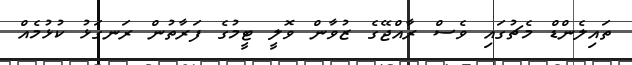
ތައިިލެންޑް މެޗުގައި ވެސް ރާއްޖޭގެ ޒުވާން ވޮލީ ޓީމުގެ ފަރާތުން ރަނގަޅު ކުޅުމެއް